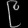
Digit: ၉